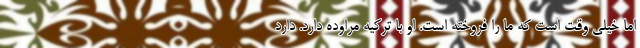
اما خیلی وقت است که ما را فروخته است. او با ترکیه مراوده دارد. دارد